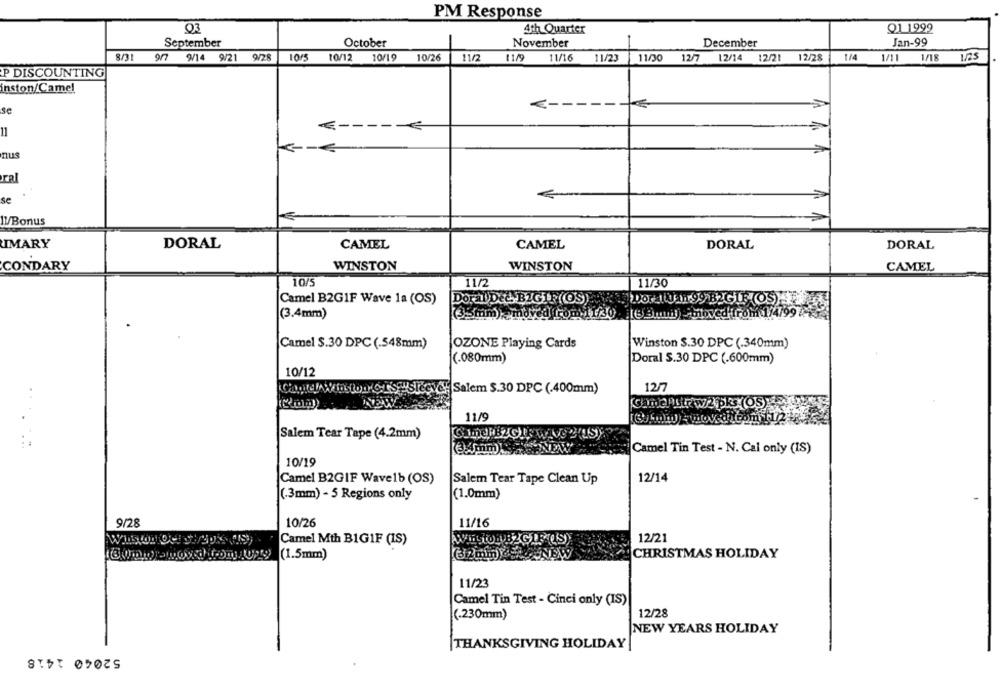
PM Response
Q1 1999
4th Quarter
October
Jan-99
September
-
November
December
10/26
9/7 9/14 9/21 9/28
10/5
10/12
10/19
11/2
11/9
11/16
11/23
11/30
12/7
12/14 12/21
12/28
1/4
1/11
1/18
125
P DISCOUNTING
inston/Camel
€ ------
se
--
11
nus
ral
se
Il/Bonus
IMARY
DORAL
CAMEL
CAMEL
DORAL
DORAL
CONDARY
WINSTON
WINSTON
CAMEL
10/5
11/2
11/30
DDorALLAH 99 B2GIF (OS)
Camel B2GIF Wave 1a (OS)
Doral DEL BIGIF(OS)
(3.4mm)
5mm
amdved from 11/30.
[69mmil) - moved from
Camel S.30 DPC (.548mm)
OZONE Playing Cards
Winston $.30 DPC (.340mm)
(.080mm)
Doral $.30 DPC (.600mm)
10/12
Camicl/ Winston CTS "Sleeve, Salem $.30 DPC (.400mm)
12/7
11/9
Salem Tear Tape (4.2mm)
Camel Tin Test - N. Cal only (IS)
10/19
12/14
Camel B2GIF Wave1b (OS)
Salem Tear Tape Clean Up
(.3mm) - 5 Regions only
(1.0mm)
9/28
10/26
11/16
Camel Mth B1GIF (IS)
AIDSton BZG
12/21
(1.5mm)
CHRISTMAS HOLIDAY
11/23
Camel Tin Test - Cinci only (IS)
(.230mm)
12/28
NEW YEARS HOLIDAY
THANKSGIVING HOLIDAY
52040 1418